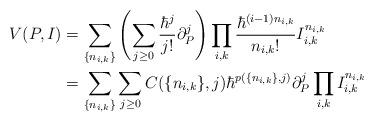
LaTeX: \begin{align*} V(P, I) &= \sum_{\{n_{i, k}\}}\left(\sum_{j \geq 0} \frac{\hbar^j}{j!} \partial^j_P\right)\prod_{i, k} \frac{\hbar^{(i - 1)n_{i, k}}}{n_{i, k}!} I_{i, k}^{n_{i, k}}\\ &= \sum_{\{n_{i, k}\}}\sum_{j \geq 0} C(\{n_{i, k}\}, j) \hbar^{p(\{n_{i, k}\}, j)} \partial^j_P\prod_{i, k}I_{i, k}^{n_{i, k}} \end{align*}